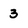
Character: 3